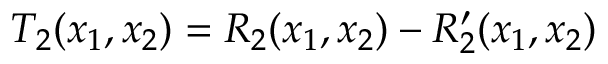
T _ { 2 } ( x _ { 1 } , x _ { 2 } ) = R _ { 2 } ( x _ { 1 } , x _ { 2 } ) - R _ { 2 } ^ { \prime } ( x _ { 1 } , x _ { 2 } )